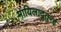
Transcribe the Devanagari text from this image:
मायिलादुतुरई